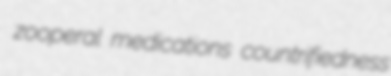
zooperal medications countrifiedness